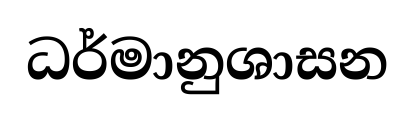
ධර්මානුශාසන